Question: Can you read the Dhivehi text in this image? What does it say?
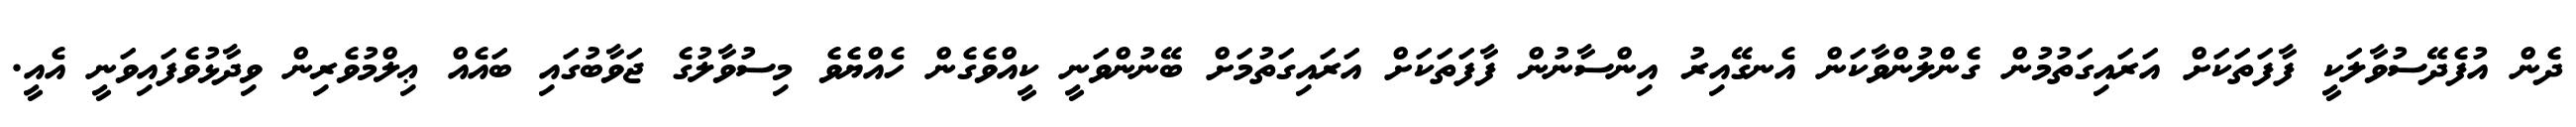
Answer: ދެން އުފެދޭސުވާލަކީ ފާފަތަކަށް އަރައިގަތުމުން ގެންލުންވާކަން އެނގޭއިރު އިންސާނުން ފާފަތަކަށް އަރައިގަތުމަށް ބޭނުންވަނީ ކީއްވެގެން ހެއްޔެވެ މިސުވާލުގެ ޖަވާބުގައި ބައެއް ޢިލްމުވެރިން ވިދާޅުވެފައިވަނީ އެއީ.